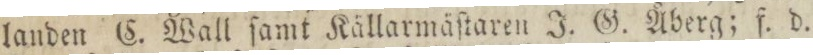
landen C. Wall ſamt Källarmåſtaren J. G. Åberg; f. d.